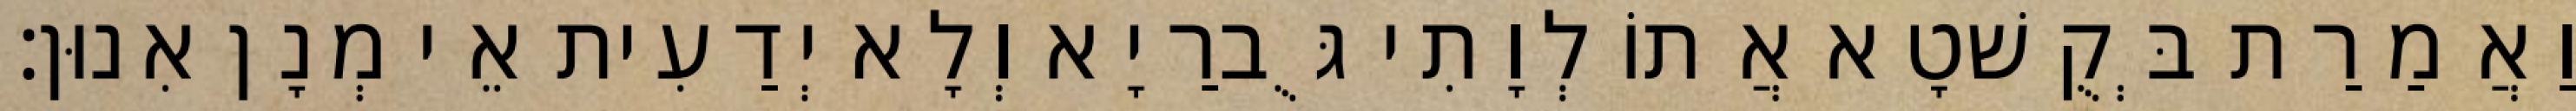
וַאֲמַרַת בְּקֻשׁטָא אֲתוֹ לְוָתִי גֻּברַיָא וְלָא יְדַעִית אֵי מְנָן אִנוּן׃